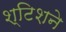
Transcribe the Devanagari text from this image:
श्टिशने